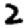
Digit: 2